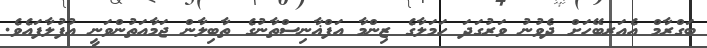
ބަގްރާމް އެއަރބޭހަށް ދެވުނު ވަރުގަދަ ހަމަލާގެ ޒިންމާ އަފްޣާނިސްތާނުގެ ތާބިލާން ޖަމާއަތުންވަނީ އުފުލާފައެވެ.